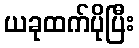
ယခုထက်ပိုပြီး